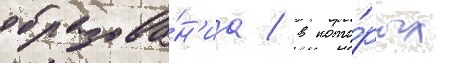
образова́н'иа / в кото́рых